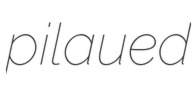
pilaued